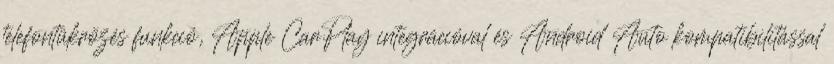
telefontükrözés funkció, Apple CarPlay integrációval és Android Auto kompatibilitással